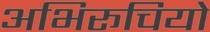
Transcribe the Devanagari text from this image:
अभिरूचियो